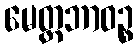
မေတ္တဘာဝဉ္စ